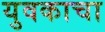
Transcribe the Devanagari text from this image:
युवकाचा